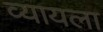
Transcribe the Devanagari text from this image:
व्यायला